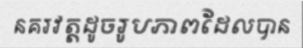
នគរវត្តដូចរូបភាពដែលបាន